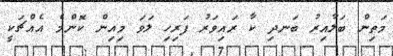
މަތިން ބަލާއިރު ބަނދި ކާ ރައިވަރު ފަރިހި ލަވަ މިއިން ކޮންމެ އެއްޗަކީ